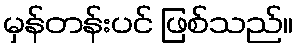
မှန်တန်းပင် ဖြစ်သည်။